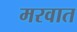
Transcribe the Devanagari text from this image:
मरवात